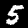
Digit: 5